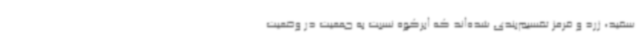
سفید، زرد و قرمز تقسیم‌بندی شده‌اند که ابرکوه نسبت به جمعیت در وضعیت